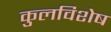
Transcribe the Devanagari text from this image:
कुलविशेष